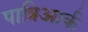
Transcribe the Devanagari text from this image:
पात्रिआर्क